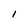
Character: 1